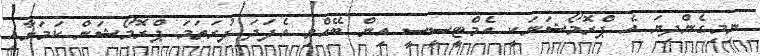
ނިމިގެންދިޔަ އެ ޕްރޮމޯޝަނަކީ އެމްޓީސީސީ އިން ބޭއްވި އެފަދަ ފުރަތަމަ ޕްރޮމޯޝަން ކަމަށާއި